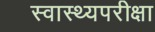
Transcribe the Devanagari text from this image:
स्वास्थ्यपरीक्षा